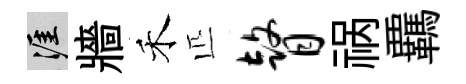
涯牆禾匹瞽祸覊